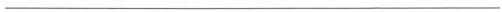
___